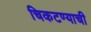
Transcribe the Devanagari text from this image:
चिकटण्याची